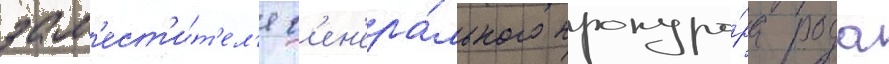
зам'ест'и́т'ел'я г'ен'ера́льного прокуро́ра рода